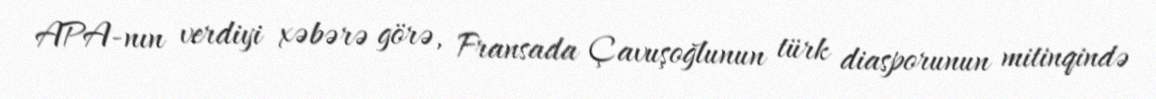
APA-nın verdiyi xəbərə görə, Fransada Çavuşoğlunun türk diasporunun mitinqində